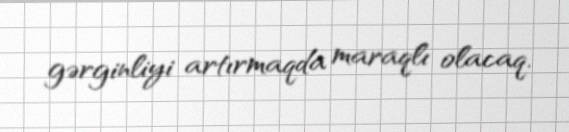
gərginliyi artırmaqda maraqlı olacaq.